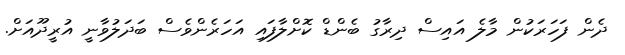
ދެން ފަހަރަކުން މާލެ އައިސް ދިރާގު ބެންޑް ކޮށްލާފައި އަހަރެންވެސް ބަދަލުވާނީ އުރީދޫއަށް.